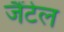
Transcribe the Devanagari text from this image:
जैंटेल